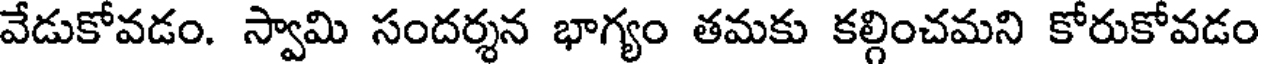
వేడుకోవడం. స్వామి సందర్శన భాగ్యం తమకు కల్గించమని కోరుకోవడం